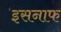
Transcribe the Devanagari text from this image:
इसनाफ